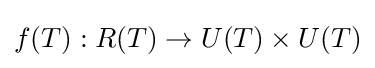
f(T):R(T)\to U(T)\times U(T)